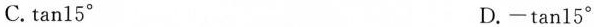
C.\tan 15^{\circ} D.-\tan 15^{\circ}